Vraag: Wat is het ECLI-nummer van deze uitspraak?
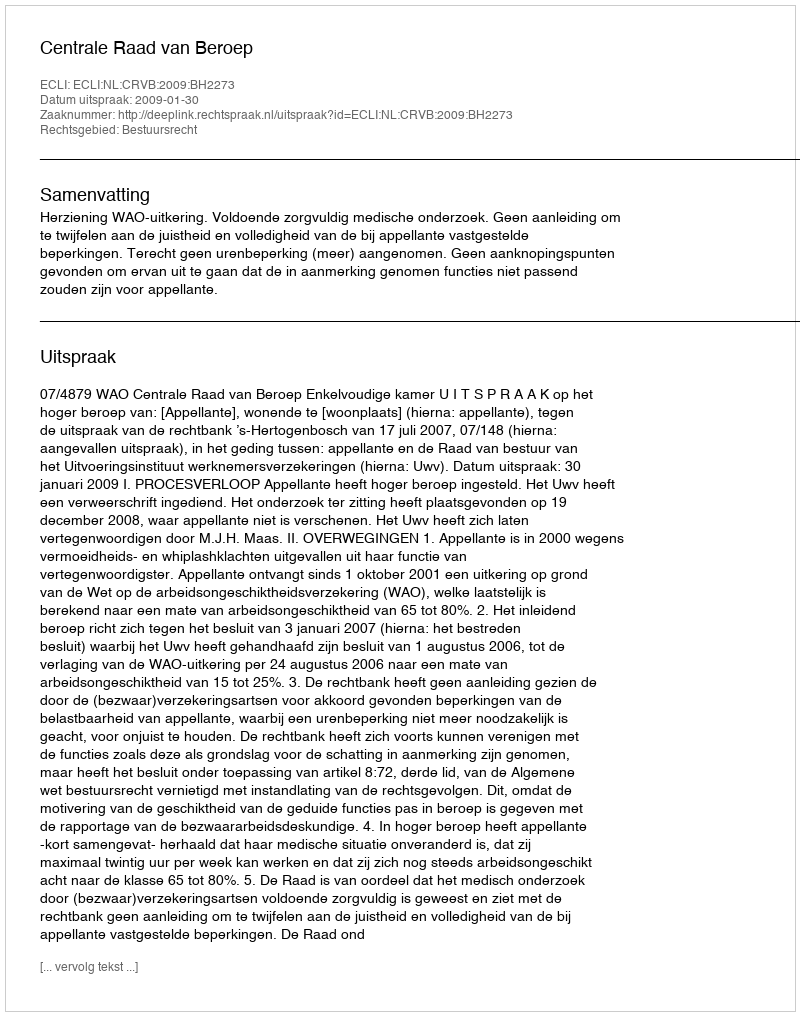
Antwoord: ECLI:NL:CRVB:2009:BH2273